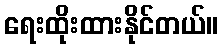
ရေးထိုးထားနိုင်တယ်။